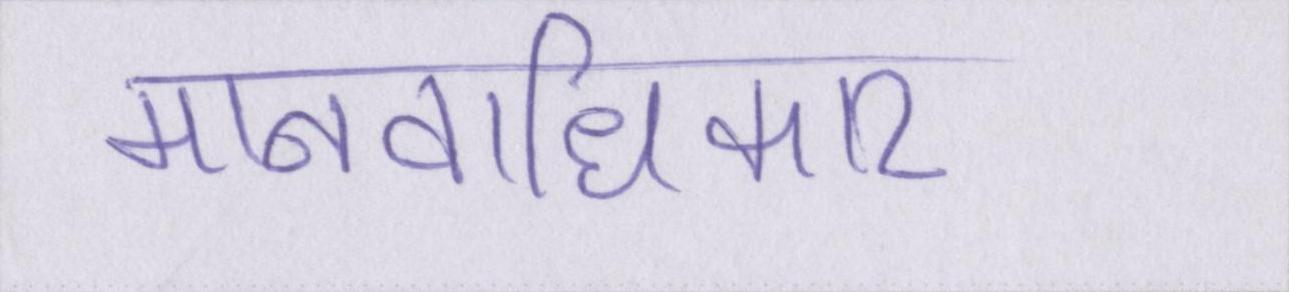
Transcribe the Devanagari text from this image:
मानवाधिकार